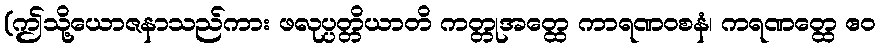
(ဤသို့ယောဇနာသည်ကား ဖလုပ္ပတ္တိယာတိ ကတ္တုအတ္ထေ ကာရဏဝစနံ၊ ကရဏတ္ထေ ဧဝ